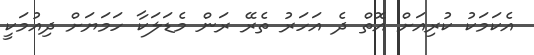
އެކަމަކު ކުރިއަށް އޮތް ދެ އަހަރު ތެރޭ ރަން މެޑަލަކާ ހަމަޔަށް ދިއުމަކީ